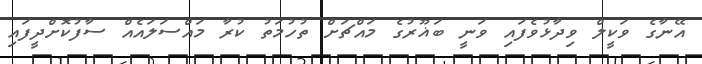
އޭނާގެ ވަކީލް ވިދާޅުވެފައި ވަނީ ބަޣޫރުގެ މައްޗަށް ތުހުމަތު ކުރާ މައްސަލައެއް ސާފުކޮށްދީފައި